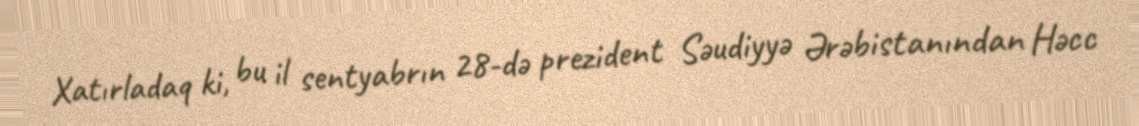
Xatırladaq ki, bu il sentyabrın 28-də prezident Səudiyyə Ərəbistanından Həcc